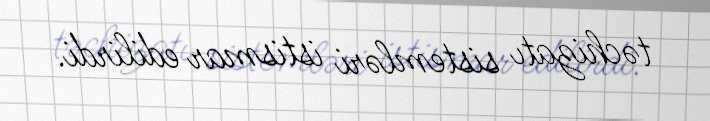
təchizatı sistemləri istismar edilirdi.